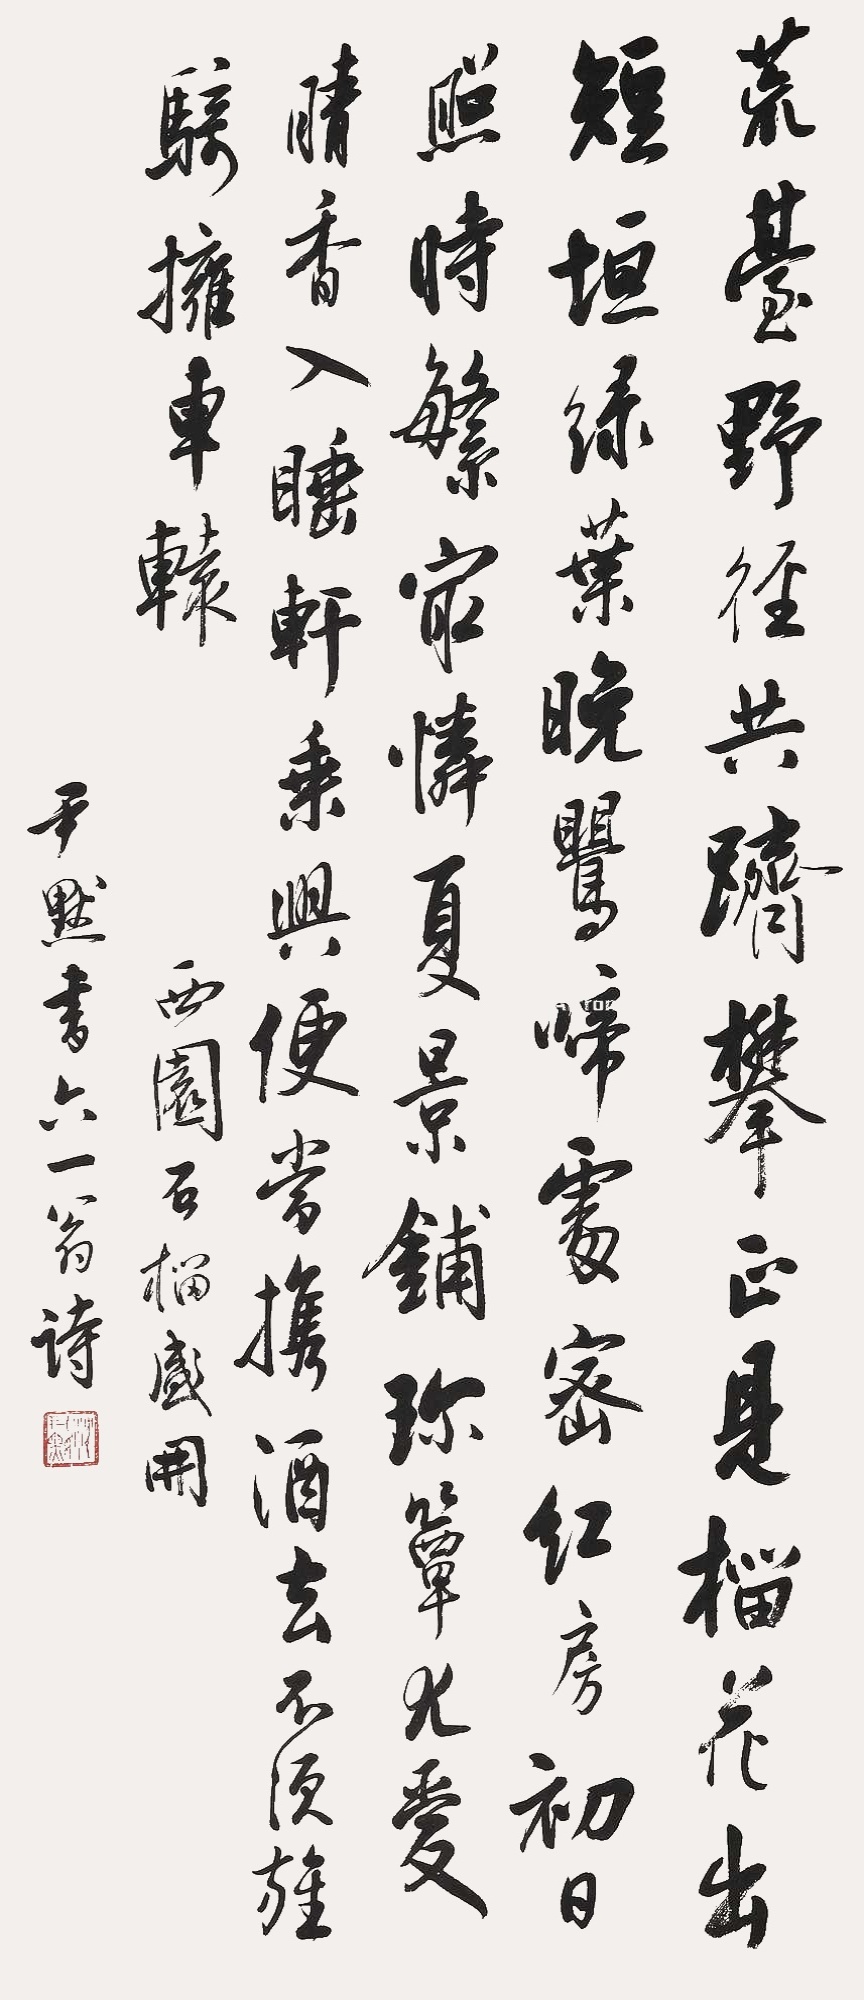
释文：荒台野径共跻攀，正见榴花出短垣。绿叶晚莺啼处密，红房初日照时繁。最怜夏景铺珍簟，尤爱晴香入睡轩。乘兴便当携酒去，不须旌骑拥车辕。西园石榴盛开。尹默书六一翁诗。